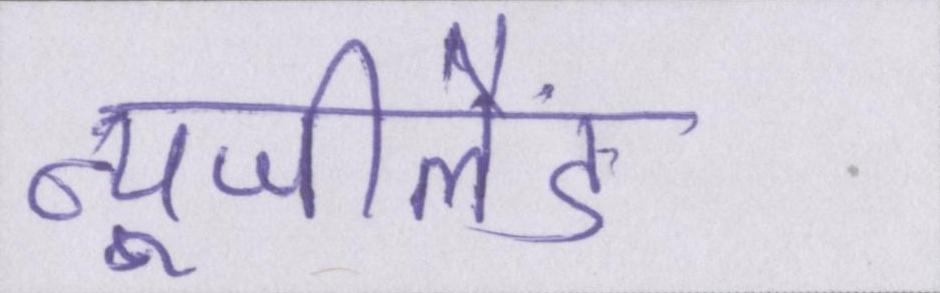
न्यूजीलैंड